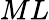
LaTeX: ML